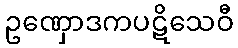
ဥဏှောဒကပဋိသေဝီ